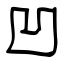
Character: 凹